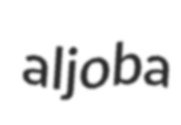
aljoba